Epidemic dropsy in Calcutta - Number 45
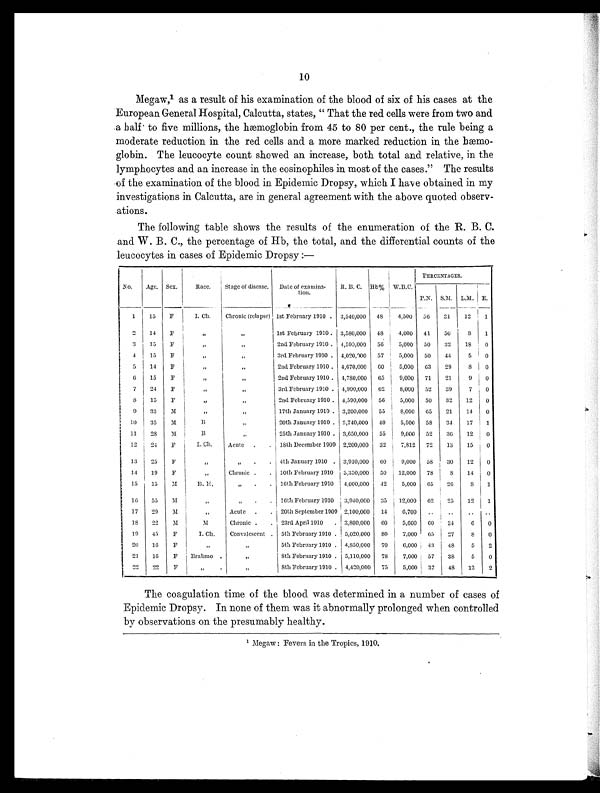
10
Megaw,1 as a result of his examination of the blood of six of his cases at the
European General Hospital, Calcutta, states, " That the red cells were from two and
a half to five millions, the hæmoglobin from 45 to 80 per cent., the rule being a
moderate reduction in the red cells and a more marked reduction in the hæmo-
globin. The leucocyte count showed an increase, both total and relative, in the
lymphocytes and an increase in the eosinophiles in most of the cases." The results
of the examination of the blood in Epidemic Dropsy, which I have obtained in my
investigations in Calcutta, are in general agreement with the above quoted observ-
ations.
The following table shows the results of the enumeration of the R. B. C.
and W. B. C., the percentage of Hb, the total, and the differential counts of the
leucocytes in cases of Epidemic Dropsy :—
No. Age. Sex. Race. Stage of disease. Date of examina-
tion.
R. B. C.
H b % W.B.C.
PERCENTAGES.
P.N. S.M. L.M. E.
1 15 F
I. Ch. Chronic (relapse) 1st February 1910 . 3,540,000 48 4,500 56 31 12 1
2 14
F
„
„
1st February 1910 . 3,580,000 48 4,000 41 50 8 1
3 15
F
„
„
2nd February 1910 . 4,590,000 5 6
5,000 50 32 18 0
4 15
F
„
„
3rd February 1910 . 4,020,000 57 5,000 50 44 5 0
5 14 F
„
„
2nd February 1910 . 4,670,000 6 0 5,000 63 29 8 0
6 15 F „
„
2nd February 1910 . 4,780,000 65 9,000 71 21 9 0
7 24
F
„
„
3rd February 1910 . 4,990,000 62 8,000 52 39 7 0
8 15 F
„
„
2nd February 1910 . 4,590,000 56 5,000 50 32 12 0
9 33
M
„
„
17th January 1910 . 3,200,000 55 8,000 65 21 14 0
10 35
M
B
„
20th January 1910 . 3,740,000 40 5,500 58 34 17 1
11 28 M
B
„
25th January 1910 . 3,650,000 55 9,000 52 36 12 0
12 24 F
I. Ch. Acute . . 18th December 1909 2,200,000 32 7,812 72 13 15 0
13 25 F
„
„ . . 4th January 1910 . 3,910,000 60 9,000 58 30 12 0
14 19 F
„ Chronic . . 10th February 1910 3,350,000 50 12,000 78
8 14 0
15 15 M
B. H.
„ . . 16th February 1910 4,000,000 42 5,000 65 26
8 1
16 55
M
„
„ . . 16th February 1910 3,940,000 35 12,000 62 25 12 1
17 29 M
„ Acute . . 20th September 1909 2,100,000 14 6,700 .. .. .. ..
18 22
M
M Chronic . . 23rd April 1910 . 3,800,000 60 5,600 60 34 6 0
19 45 F
I. Ch. Convalescent . 5th February 1910 . 5,020,000 8 0 7,000 65 27 8 0
20 16 F
„
„
5th February 1910 . 4,850,000 70 6,000 43 48 5 2
21 16 F Brahmo .
„
8th February 1910 . 5,110,000 78 7,000 57 38 5 0
22 22 F
„ .
„
8th February 1910 . 4,420,000 75 5,000 37 48 13 2
The coagulation time of the blood was determined in a number of cases of
Epidemic Dropsy. In none of them was it abnormally prolonged when controlled
by observations on the presumably healthy.
1 Megaw : Fevers in the Tropics, 1910.